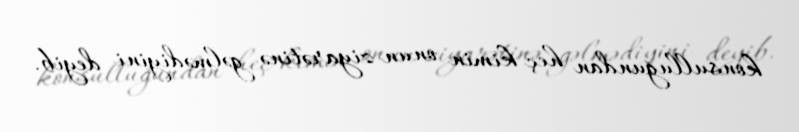
konsulluğundan heç kimin onun ziyarətinə gəlmədiyini deyib.